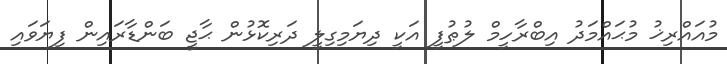
މުއައްރިޚު މުޙައްމަދު އިބްރާހީމް ލުޠުފީ އަކީ ދިޔަމިގިލީ ދަރިކޮޅުން ޙާޖީ ބަންޑާރައިން ފިޔަވައި